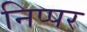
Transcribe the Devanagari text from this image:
निप्पर